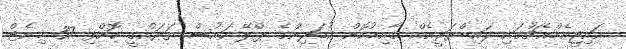
އައިޖީއެމްއެޗުގައި ލައިބްރަރީއެއް ގާއިމުކޮށް ކުޑަދިންގެ ޕްލޭ ހައުސް ތަރައްގީ ކޮށްފި 37 މިނެޓް